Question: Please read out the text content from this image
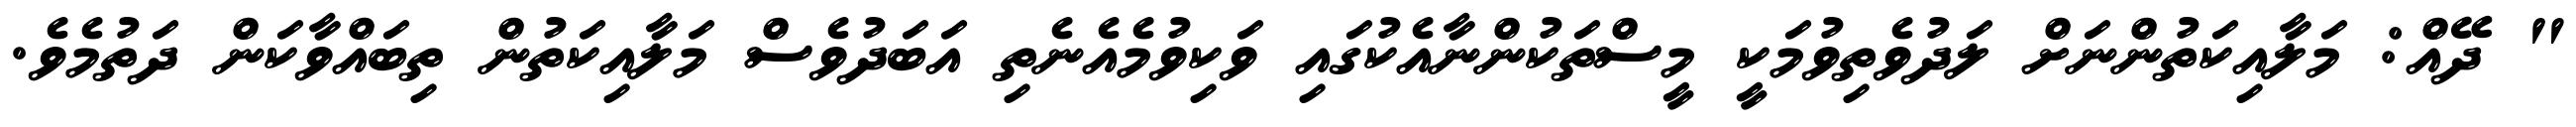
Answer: " ދޭއް: މަލާއިކަތުންނަށް ލަދުވެތިވުމަކީ މީސްތަކުންނާއެކުގައި ވަކިވުމެއެނެތި އަބަދުވެސް މަލާއިކަތުން ތިބައްވާކަން ދަތުމެވެ.